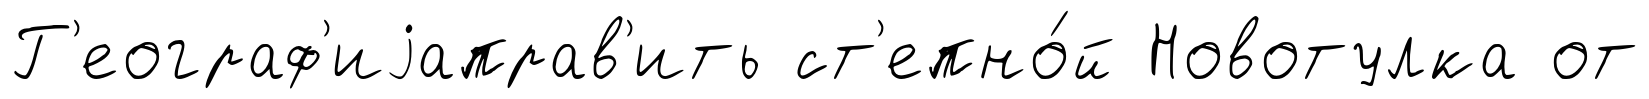
Г'еограф'иjаправ'ить ст'епно́й Новотулка от